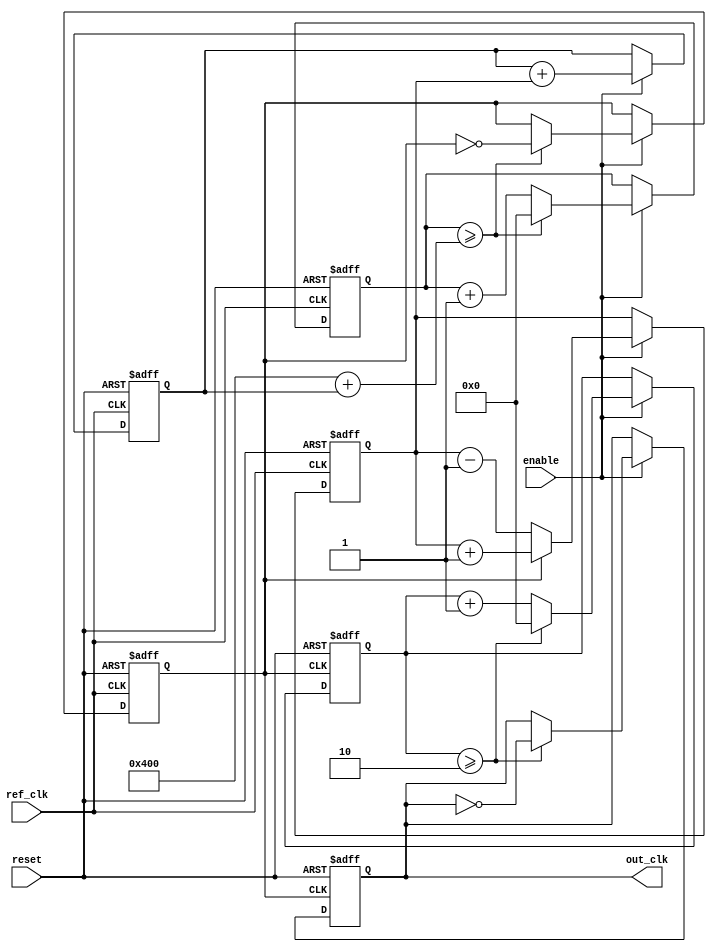
module parameterized_PLL #(
    parameter PARAM_M = 4,  // Multiplication factor
    parameter PARAM_N = 2,  // Division factor
    parameter PARAM_BW = 8   // Bandwidth of the loop filter
)(
    input wire ref_clk,      // Reference clock
    input wire reset,        // Active high reset
    input wire enable,       // Enable signal
    output reg out_clk       // Output clock
);

    // Internal signals
    reg [PARAM_BW-1:0] phase_error; // Phase error signal
    reg [PARAM_BW-1:0] loop_filter_out; // Output of the loop filter
    reg [31:0] vco_counter; // VCO counter
    reg vco_clk; // VCO clock signal
    reg [31:0] feedback_counter; // Feedback counter

    // Phase Detector (PD)
    always @(posedge ref_clk or posedge reset) begin
        if (reset) begin
            phase_error <= 0;
        end else if (enable) begin
            // Simple phase detector logic (could be more complex)
            if (vco_clk) begin
                phase_error <= phase_error + 1; // Increment on VCO clock edge
            end else begin
                phase_error <= phase_error - 1; // Decrement on reference clock edge
            end
        end
    end

    // Loop Filter (simple integrator)
    always @(posedge ref_clk or posedge reset) begin
        if (reset) begin
            loop_filter_out <= 0;
        end else if (enable) begin
            loop_filter_out <= loop_filter_out + phase_error; // Integrate phase error
        end
    end

    // Voltage-Controlled Oscillator (VCO)
    always @(posedge ref_clk or posedge reset) begin
        if (reset) begin
            vco_counter <= 0;
            vco_clk <= 0;
        end else if (enable) begin
            // VCO frequency control based on loop filter output
            if (vco_counter >= (PARAM_M * (1 << PARAM_BW)) + loop_filter_out) begin
                vco_clk <= ~vco_clk; // Toggle VCO clock
                vco_counter <= 0; // Reset counter
            end else begin
                vco_counter <= vco_counter + 1; // Increment counter
            end
        end
    end

    // Output Clock Generation
    always @(posedge vco_clk or posedge reset) begin
        if (reset) begin
            feedback_counter <= 0;
            out_clk <= 0;
        end else if (enable) begin
            if (feedback_counter >= PARAM_N) begin
                out_clk <= ~out_clk; // Toggle output clock
                feedback_counter <= 0; // Reset feedback counter
            end else begin
                feedback_counter <= feedback_counter + 1; // Increment feedback counter
            end
        end
    end

endmodule